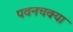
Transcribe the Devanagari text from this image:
पवनचक्या